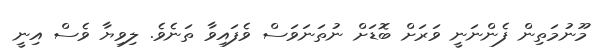
މޫނުމަތިން ފެންނަނީ ވަރަށް ބޮޑަށް ނުތަނަވަސް ވެފައިވާ ތަނެވެ. ލިވިޔާ ވެސް އިނީ